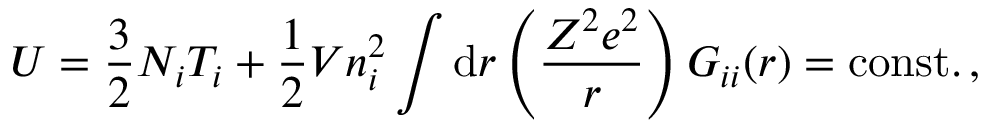
U = \frac { 3 } { 2 } N _ { i } T _ { i } + \frac { 1 } { 2 } V n _ { i } ^ { 2 } \int \mathrm { d } \boldsymbol { r } \left( \frac { Z ^ { 2 } e ^ { 2 } } { r } \right) G _ { i i } ( \boldsymbol { r } ) = \mathrm { c o n s t . } \, ,